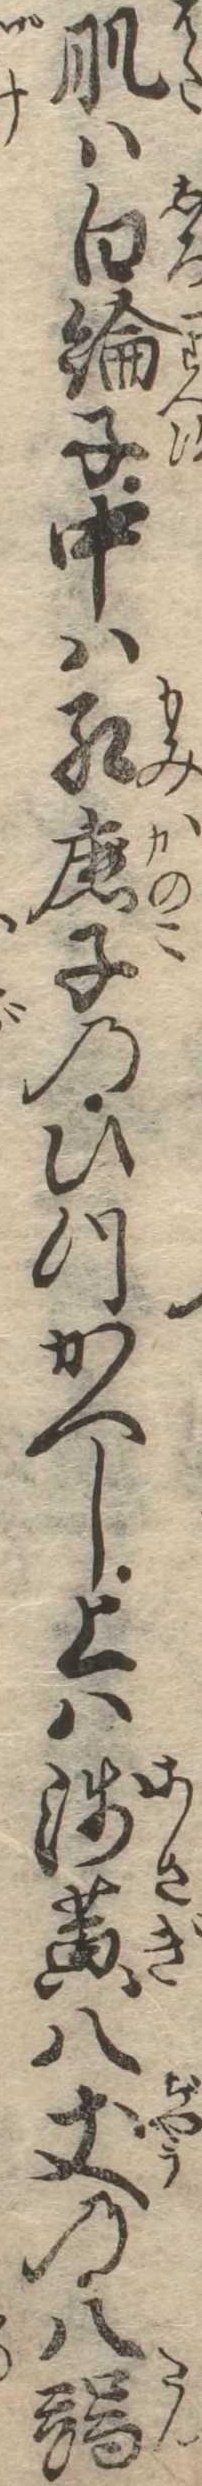
肌は白綸子中は紅鹿子のひつかへし上は浅黄八丈の八端